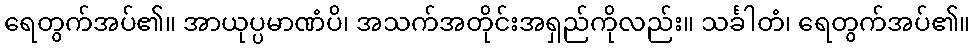
ရေတွက်အပ်၏။ အာယုပ္ပမာဏံပိ၊ အသက်အတိုင်းအရှည်ကိုလည်း။ သင်္ခါတံ၊ ရေတွက်အပ်၏။